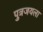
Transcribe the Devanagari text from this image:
पुत्रजयला